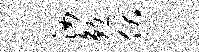
汝勉伏